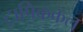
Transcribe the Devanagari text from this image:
ट्रापिककल